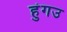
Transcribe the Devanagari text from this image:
हुंगउ